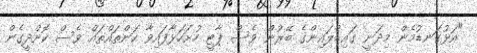
"އަޅުގަނޑުމެން މިދަނީ ގައިޑްލައިންގެ ބޭރުން ވެސް ޕާޓީ ހުށަހަޅާފައިވާ ކަންތައްތައް ވެސް ކޮށްދީގެން